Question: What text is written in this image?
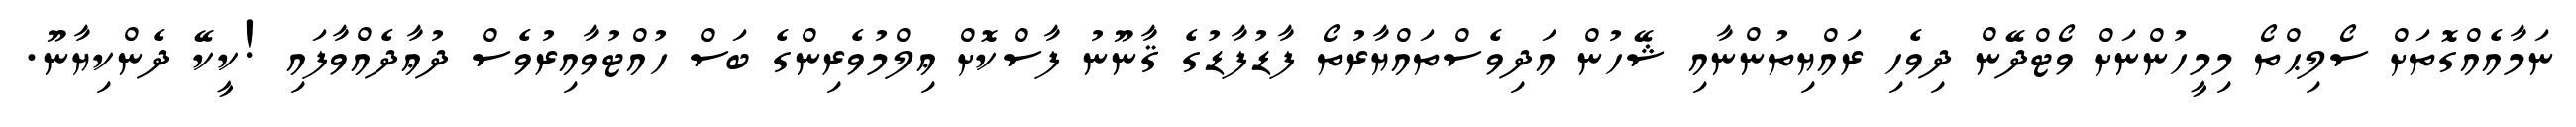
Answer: ނަމާއެއްގޮތަށް ސޯލިޙްތޯ މިމީހުންނަށް ވޯޓްދޭން ދިވެހި ރައްޔިތުންނާއި ޝޭހުން އަދިވެސްތައްޔާރުތޯ ފާޑުފާޑުގެ ޤާނޫނު ފާސްކޮށް ޢިލްމުވެރިންގެ ބަސް ހުއްޓުވާއިރުވެސް ދުޢާދެއްވާފައި !ކީކޭ ދެންކިޔާނޫ.